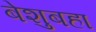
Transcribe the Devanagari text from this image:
बेशुबहा